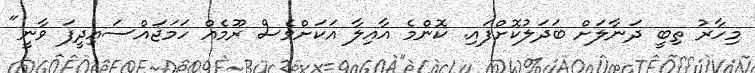
މިހާރު ތިބީ ދަނާލަށް ބަދަލުކޮށްފައި. ކޮންމެ އާއިލާ އަކަށްވެސް ރޫމެއް ހަމަަޖައްސައިދީފަ ވާނީ"